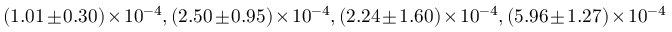
( 1 . 0 1 \pm 0 . 3 0 ) \times 1 0 ^ { - 4 } , ( 2 . 5 0 \pm 0 . 9 5 ) \times 1 0 ^ { - 4 } , ( 2 . 2 4 \pm 1 . 6 0 ) \times 1 0 ^ { - 4 } , ( 5 . 9 6 \pm 1 . 2 7 ) \times 1 0 ^ { - 4 }